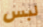
لبس